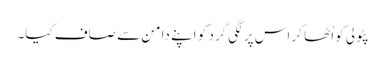
پٹولی کو اُٹھا کر اس پر لگی گرد کو اپنے دامن سے صاف کیا۔